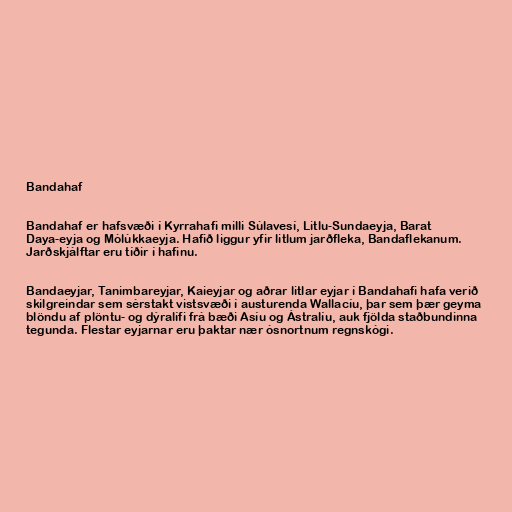
Bandahaf

Bandahaf er hafsvæði í Kyrrahafi milli Súlavesí, Litlu-Sundaeyja, Barat
Daya-eyja og Mólúkkaeyja. Hafið liggur yfir litlum jarðfleka, Bandaflekanum.
Jarðskjálftar eru tíðir í hafinu.

Bandaeyjar, Tanimbareyjar, Kaieyjar og aðrar litlar eyjar í Bandahafi hafa verið
skilgreindar sem sérstakt vistsvæði í austurenda Wallacíu, þar sem þær geyma
blöndu af plöntu- og dýralífi frá bæði Asíu og Ástralíu, auk fjölda staðbundinna
tegunda. Flestar eyjarnar eru þaktar nær ósnortnum regnskógi.